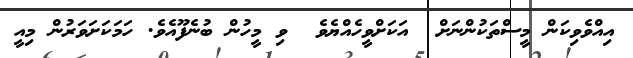
އިއްވެވިކަން މީސްތަކުންނަށް  އަކަށްވީހެއްޔެވެ  ވި މީހުން ބުނެފޫއެވެ. ހަމަކަށަވަރުން މިއީ